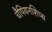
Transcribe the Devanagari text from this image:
चैपियनशिप्स